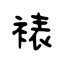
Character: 裱